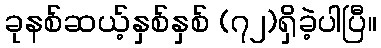
ခုနစ်ဆယ့်နှစ်နှစ် (၇၂)ရှိခဲ့ပါပြီ။